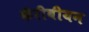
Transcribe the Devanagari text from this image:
कॅरीबीयन